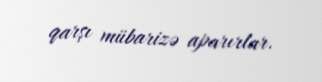
qarşı mübarizə aparırlar.